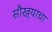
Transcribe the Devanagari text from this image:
सौख्याचा